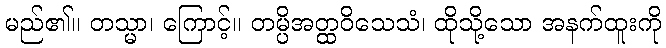
မည်၏။ တသ္မာ၊ ကြောင့်။ တမ္ပိအတ္ထဝိသေသံ၊ ထိုသို့သော အနက်ထူးကို